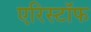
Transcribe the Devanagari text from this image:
एरिस्टॉफ